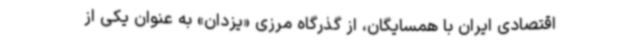
اقتصادی ایران با همسایگان، از گذرگاه مرزی «یزدان» به عنوان یکی از